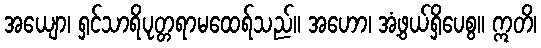
အယျော၊ ရှင်သာရိပုတ္တရာမထေရ်သည်။ အဟော၊ အံ့ဖွယ်ရှိပေစွ။ ဣတိ၊